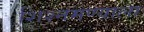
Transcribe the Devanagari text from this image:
शिश्नमण्याला